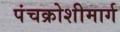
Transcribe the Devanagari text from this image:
पंचक्रोशीमार्ग